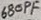
Text: 680PF